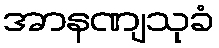
အာနဏျသုခံ